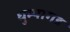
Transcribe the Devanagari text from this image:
धुम्यागड